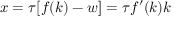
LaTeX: x = \tau [ f ( k ) - w ] = \tau f ^ { \prime } ( k ) k